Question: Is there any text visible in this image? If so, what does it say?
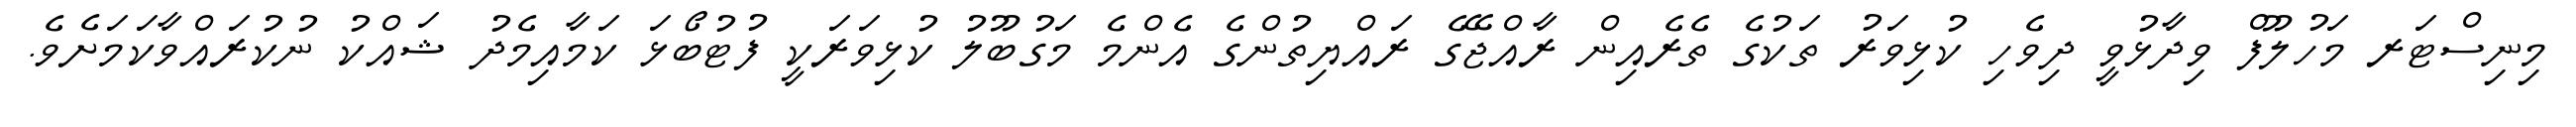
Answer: މިނިސްޓަރ މަހުލޫފް ވިދާޅުވީ ދިވެހި ކުޅިވަރު ތަކުގެ ތެރެއިން ރާއްޖޭގެ ރައްޔިތުންގެ އެންމެ މަގުބޫލު ކުޅިވަރަކީ ފުޓުބޯޅަ ކަމާއިމެދު ޝައްކު ނުކުރައްވާކަމަށެވެ.